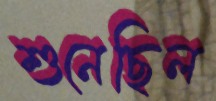
শুনেছিল